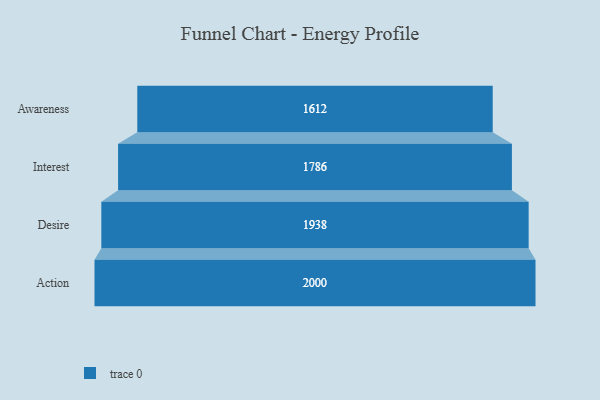
{"axis": {"x": "Stage", "y": "Value"}, "legend": [""], "data": [{"x": "Awareness", "y": 1612.0, "type": ""}, {"x": "Interest", "y": 1786.0, "type": ""}, {"x": "Desire", "y": 1938.0, "type": ""}, {"x": "Action", "y": 2000, "type": ""}]}